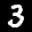
Label: 3